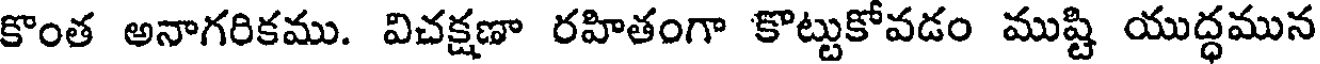
కొంత అనాగరికము. విచక్షణా రహితంగా కొట్టుకోవడం ముష్టి యుద్ధమున